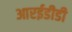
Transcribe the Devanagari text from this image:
आरईडीडी